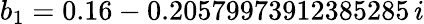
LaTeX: b_{1}=0.16-0.20579973912385285\, i